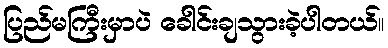
ပြည်မကြီးမှာပဲ ခေါင်းချသွားခဲ့ပါတယ်။